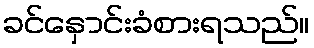
ခင်နှောင်းခံစားရသည်။